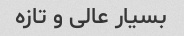
بسیار عالی و تازه